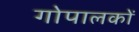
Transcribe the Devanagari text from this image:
गोपालकों